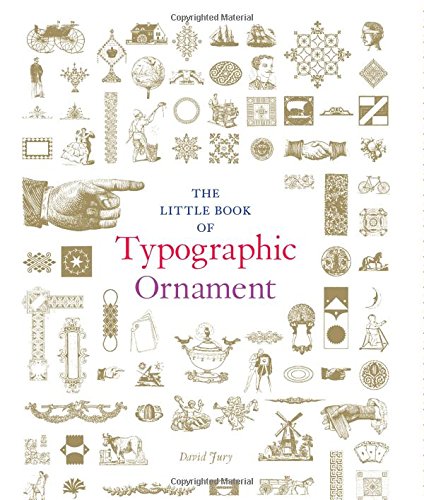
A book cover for The Little Book of Typographic Ornament; David Jury; Arts & Photography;